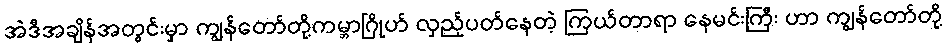
အဲဒီအချိန်အတွင်းမှာ ကျွန်တော်တို့ကမ္ဘာဂြိုဟ် လှည့်ပတ်နေတဲ့ ကြယ်တာရာ နေမင်းကြီး ဟာ ကျွန်တော်တို့